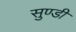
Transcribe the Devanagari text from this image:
सुण्डी